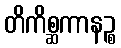
တိကိစ္ဆကာနဉ္စ